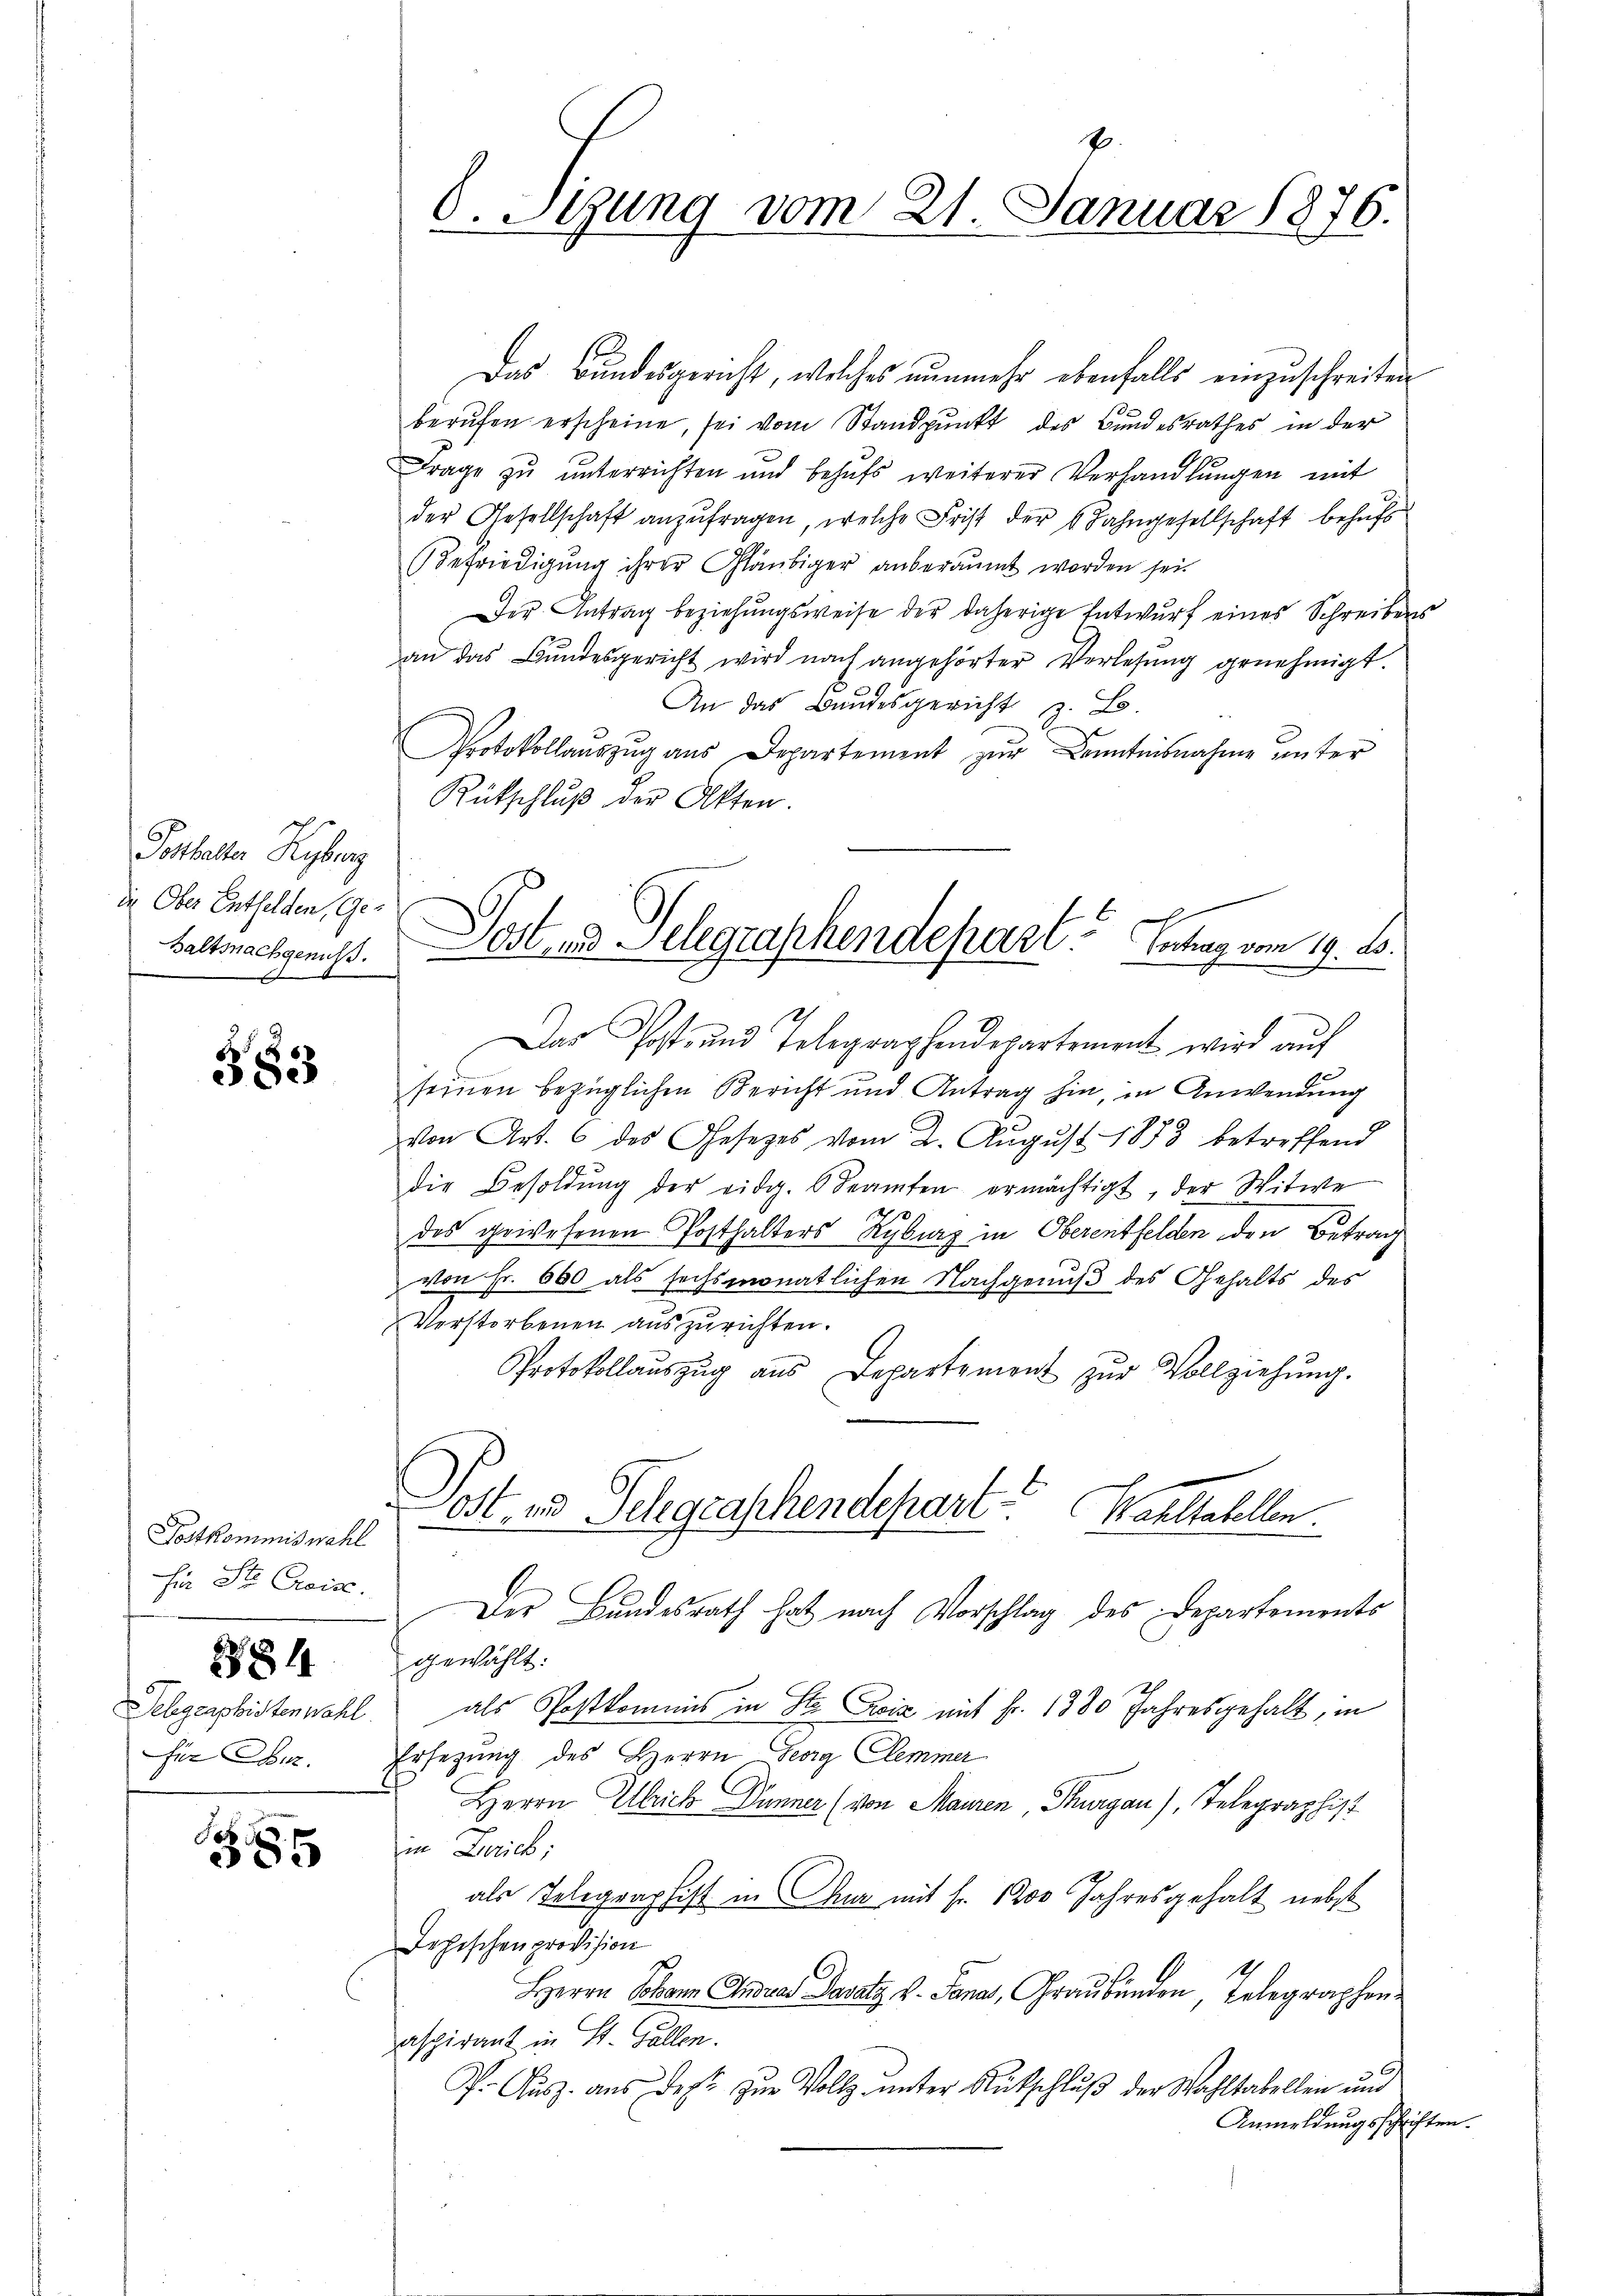
Potthalte Kyberz
de Ober Entfelden, Ge-
Baltsachgenuss.

60
8
eder

Postkommiswahl
für Ste Creise.
884
für Canz

85

C. Stung vom 21. Januar 1876.

Das Bundesgericht, welches nunmehr ebenfalls einzuschreiten
berŭfen erscheine, sei vom Standpŭnkt des Bundesrathes in der
Frage zu unterrichten und behŭfs weiterer Verhandlungen mit
der Gesellschaft anzŭfragen, welche Frist der 6 Bahngesellschaft behufs
Befriedigŭng ihrer Gläubiger anberaumt worden sei.
Der Antrag beziehungsweise der daherige Entwurf eines Schreibens
an das Bundesgericht wird nach angehörter Verlesung genehmigt.
An das Bandesgericht z. B.
Protokollaŭszŭg aŭs Departement zŭr Kenntnisnahme unter
Rütschluß der Akten.
Das Post- und Telegraphendepartement wird aŭf
seinen bezüglichen Bericht und Antrag hin, in Anwendung
von Art. 6 des Gesetzes vom 2. August 1883 betreffend
die Besoldŭng der eidg. Beamten ermächtigt, der Witwe
des gewesenen Posthalters Ryburg in Oberentfelden den Betrag
von Fr. 600 als sechsmonatlichen Nachgenuß des Gehalts des
Verstorbenen auszurichten.
Protokollaŭszŭg aŭs Departement zŭr Vollziehŭng.
Post zu Gelegraschendepart? Waltabellen.
Der Bundesrath hat nach Vorschlag des Departements
gewählt:
Jelgraphistenwahl als Postkommis in St. Geiz mit Fr. 1380 Jahresgehalt, in
Ersetzung des Herrn Georg Clemmer
Herrn Ulrich Dünner (von Mauren Thurgau), Telegraphist
in Zürich;
als Telegraphist in Chur mit fr. 1200 Jahresgehalt nebst
Jehischen provision
Herrn Johann Andrer Pasatz v. Jonas, Graubünden, Telegraphenaspirant in St. Gallen.
P. Ausz. aus des zur Vollz unter Rutschluß der Wahltabellen und
Anmeldungsschriften

|
Post und Gelegraphendepart. Antrag vom 19. ds.

e